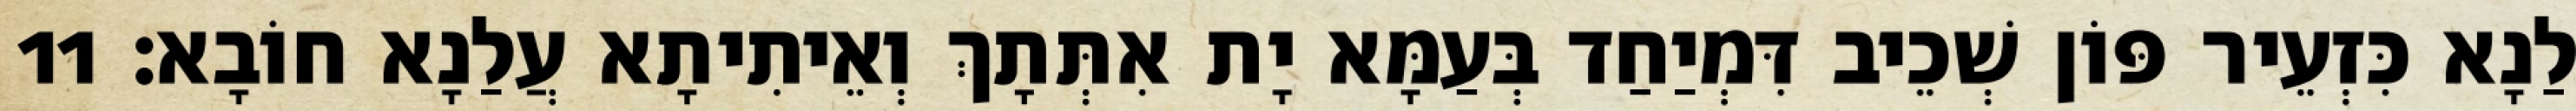
לַנָא כִּזְעֵיר פּוֹן שְׁכֵיב דִּמְיַחַד בְּעַמָּא יָת אִתְּתָךְ וְאֵיתִיתָא עֲלַנָא חוֹבָא׃ 11